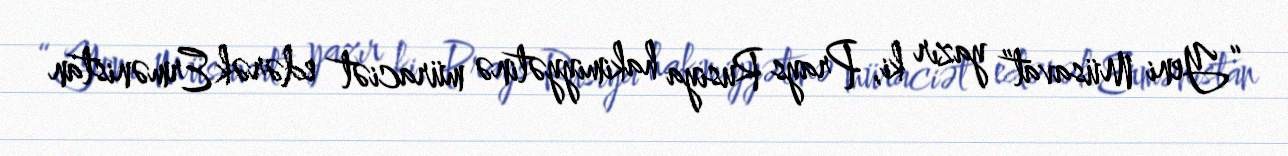
“Yeni Müsavat” yazır ki, Prays Rusiya hakimiyyətinə müraciət edərək Ermənistan